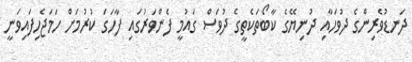
ދަނޑުވެރިންގެ ދުވަހާއި ދުނިޔޭގެ ކާބޯތަކެތީގެ ދުވަސް ގައުމީ ފެންވަރުގައި ފާހަގަ ކުރުމަށް ހަމަޖެހިފައިވަނީ